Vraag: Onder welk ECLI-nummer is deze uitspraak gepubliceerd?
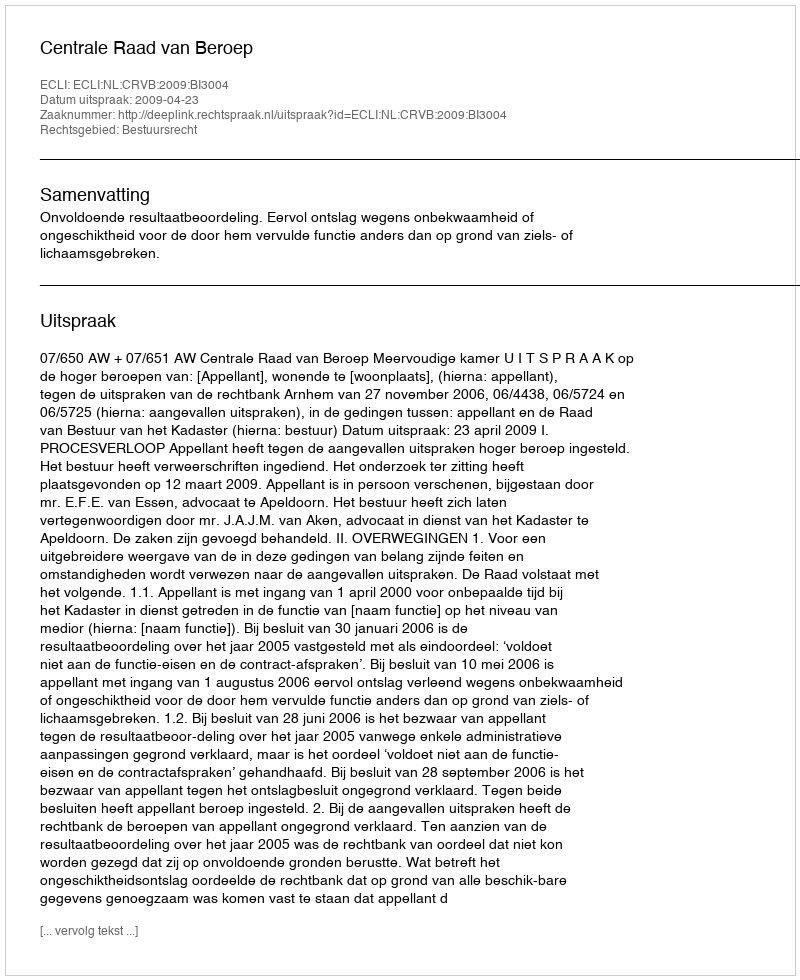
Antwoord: ECLI:NL:CRVB:2009:BI3004